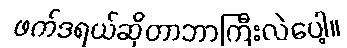
ဖက်ဒရယ်ဆိုတာဘာကြီးလဲပေါ့။